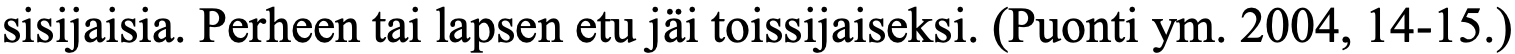
sisijaisia. Perheen tai lapsen etu jäi toissijaiseksi. (Puonti ym. 2004, 14-15.)